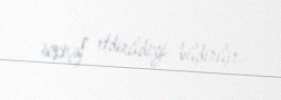
inkişaf etdirildiyi bildirilir.